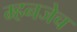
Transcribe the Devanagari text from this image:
म्हनजेच